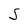
Character: S